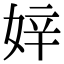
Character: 㛙